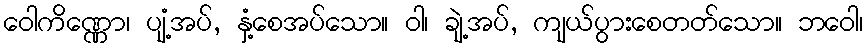
ဝေါကိဏ္ဏော၊ ပျံ့အပ်, နှံ့စေအပ်သော။ ဝါ၊ ချဲ့အပ်, ကျယ်ပွားစေတတ်သော။ ဘဝေါ၊